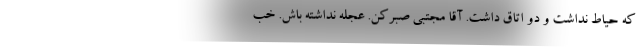
که حیاط نداشت و دو اتاق داشت. آقا مجتبی صبرکن. عجله نداشته باش. خب